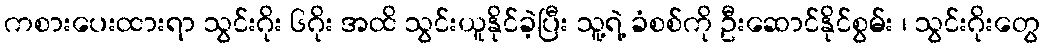
ကစားပေးထားရာ သွင်းဂိုး ၆ဂိုး အထိ သွင်းယူနိုင်ခဲ့ပြီး သူ့ရဲ့ ခံစစ်ကို ဦးဆောင်နိုင်စွမ်း ၊ သွင်းဂိုးတွေ